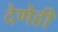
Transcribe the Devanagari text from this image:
देणेही